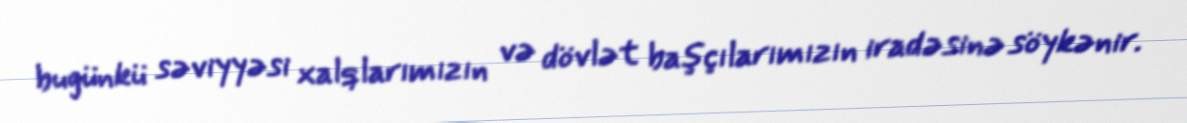
bugünkü səviyyəsi xalqlarımızın və dövlət başçılarımızın iradəsinə söykənir.